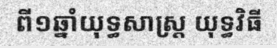
ពី១ឆ្នាំយុទ្ធសាស្ត្រ យុទ្ធវិធី